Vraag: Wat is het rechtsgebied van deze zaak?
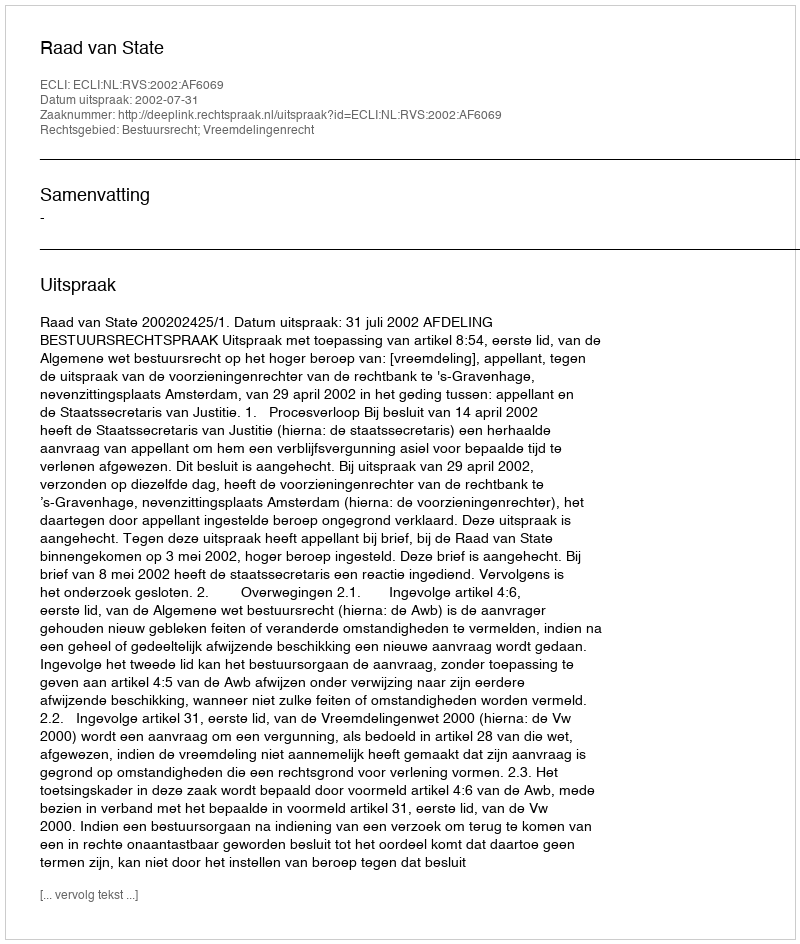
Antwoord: Bestuursrecht; Vreemdelingenrecht